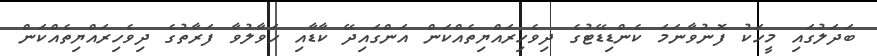
ބަދަލުގައި މީހަކު ފޮނުވާނަމަ ކެންޑިޑޭޓުގެ ދިވެހިރައްޔިތެއްކަން އަންގައިދޭ ކާޑާއި ހަވާލުވާ ފަރާތުގެ ދިވެހިރައްޔިތެއްކަން